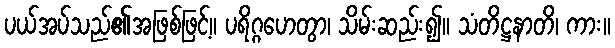
ပယ်အပ်သည်၏အဖြစ်ဖြင့်။ ပရိဂ္ဂဟေတွာ၊ သိမ်းဆည်း၍။ သံတိဋ္ဌနာတိ၊ ကား။